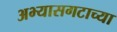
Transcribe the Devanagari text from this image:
अभ्यासगटाच्या